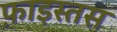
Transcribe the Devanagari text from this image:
फ़ाइस्तस